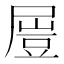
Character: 𡳂